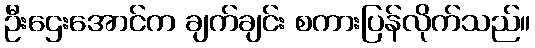
ဦးဌေးအောင်က ချက်ချင်း စကားပြန်လိုက်သည်။